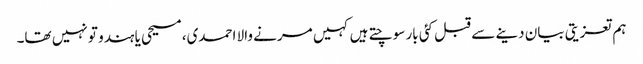
ہم تعزیتی بیان دینے سے قبل کئی بار سوچتے ہیں کہیں مرنے والا احمدی، مسیحی یا ہندو تو نہیں تھا۔